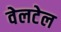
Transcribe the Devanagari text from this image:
वेलटेल